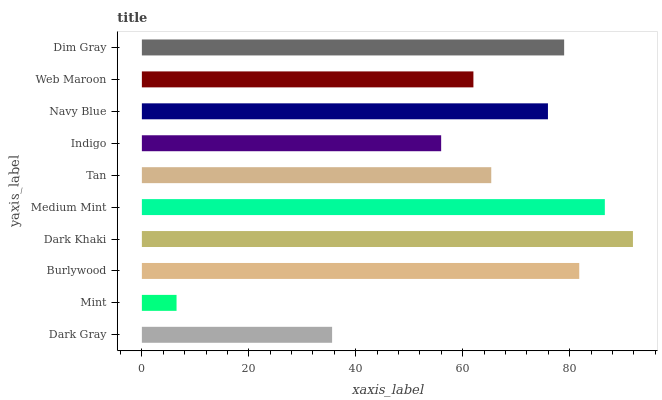
| yaxis_label | bars |
 | --- | --- |
 | Dark Gray | 35.6 |
 | Mint | 6.49 |
 | Burlywood | 81.8 |
 | Dark Khaki | 91.8 |
 | Medium Mint | 86.6 |
 | Tan | 65.3 |
 | Indigo | 56 |
 | Navy Blue | 75.9 |
 | Web Maroon | 62 |
 | Dim Gray | 79 |